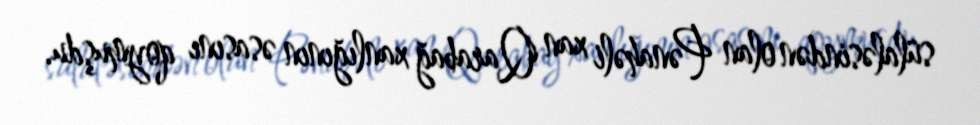
sülaləsindən olan Pənahəli xan Qarabağ xanlığının əsasını qoymuşdu.